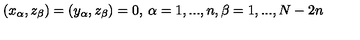
( x _ { \alpha } , z _ { \beta } ) = ( y _ { \alpha } , z _ { \beta } ) = 0 , \: \alpha = 1 , . . . , n , \beta = 1 , . . . , N - 2 n